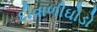
દીવાળીઘોડો